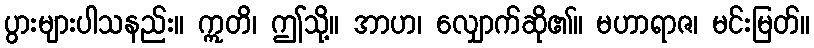
ပွားများပါသနည်း။ ဣတိ၊ ဤသို့။ အာဟ၊ လျှောက်ဆို၏။ မဟာရာဇ၊ မင်းမြတ်။